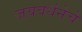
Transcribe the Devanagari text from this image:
जयवर्धनेचे